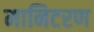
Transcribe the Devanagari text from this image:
मानिटरण